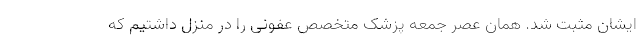
ایشان مثبت شد. همان عصر جمعه پزشک متخصص عفونی را در منزل داشتیم که